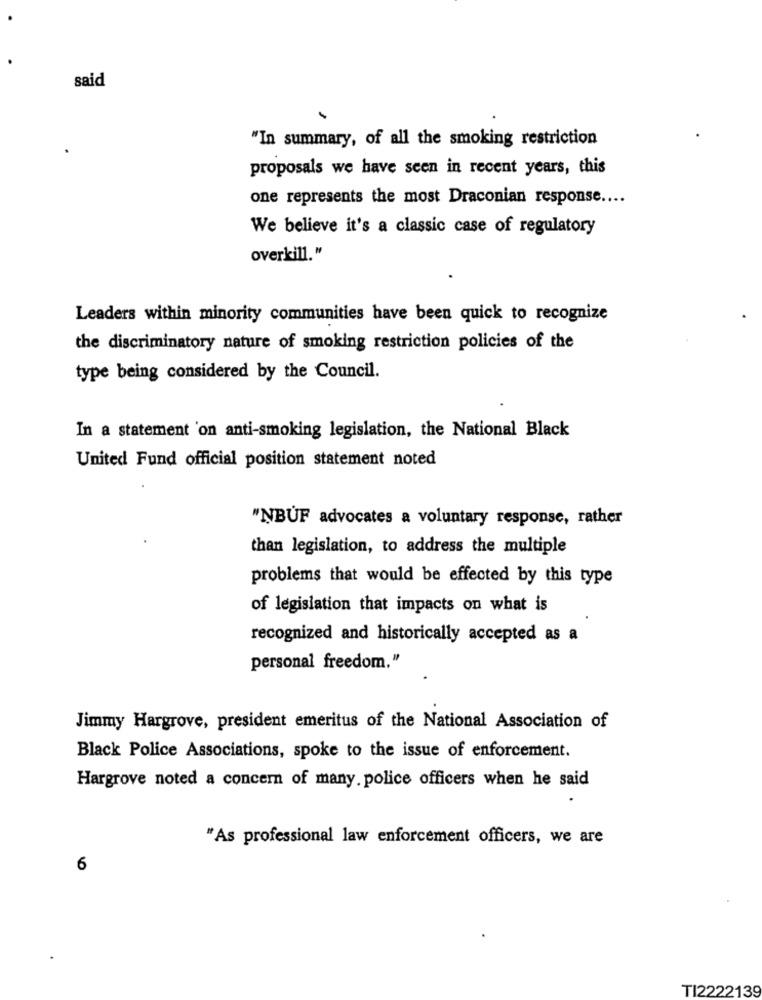
said
"In summary, of all the smoking restriction
proposals we have seen in recent years, this
one represents the most Draconian response ....
We believe it's a classic case of regulatory
overkill."
Leaders within minority communities have been quick to recognize
the discriminatory nature of smoking restriction policies of the
type being considered by the Council.
In a statement 'on anti-smoking legislation, the National Black
United Fund official position statement noted
"NBUF advocates a voluntary response, rather
than legislation, to address the multiple
problems that would be effected by this type
of legislation that impacts on what is
recognized and historically accepted as a
personal freedom."
Jimmy Hargrove, president emeritus of the National Association of
Black Police Associations, spoke to the issue of enforcement.
Hargrove noted a concern of many. police officers when he said
"As professional law enforcement officers, we are
6
TI2222139